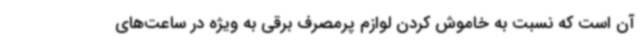
آن است که نسبت به خاموش کردن لوازم پرمصرف برقی به ویژه در ساعت‌های